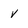
Character: v